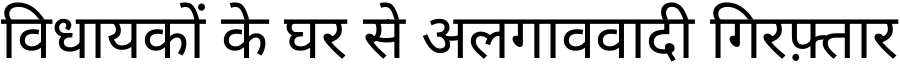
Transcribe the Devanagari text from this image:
विधायकों के घर से अलगाववादी गिरफ़्तार